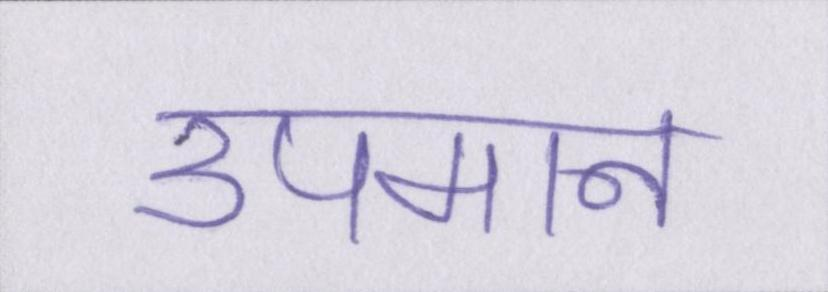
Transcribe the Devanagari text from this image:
उपमान